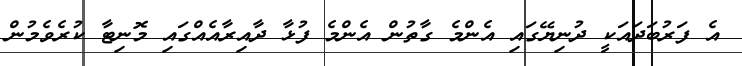
އެ ފަރުބަދައަކީ ދުނިޔޭގައި އެންމެ ގާތުން އެންމެ ފުޅާ ދާއިރާއެއްގައި މޮނިޓާ ކުރެވެމުން